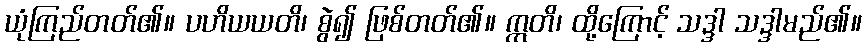
ယုံကြည်တတ်၏။ ပဟိယယတိ၊ စွဲ၍ ဖြစ်တတ်၏။ ဣတိ၊ ထို့ကြောင့် သဒ္ဒါ သဒ္ဒါမည်၏။